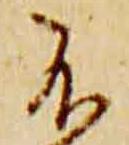
不